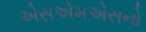
એસએમએસનો